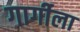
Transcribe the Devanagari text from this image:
गार्गीला